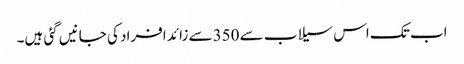
اب تک اس سیلاب سے 350سے زائد افراد کی جانیں گئی ہیں۔